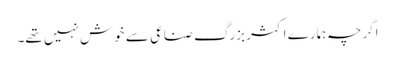
اگرچہ ہمارے اکثر بزرگ صناعی سے خوش نہیں تھے۔